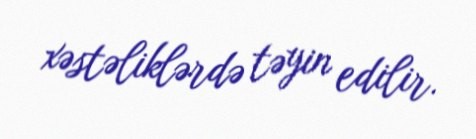
xəstəliklərdə təyin edilir.